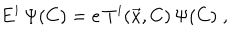
E ^ { i } \, \Psi ( C ) = e \, T ^ { i } ( \vec { x } , C ) \, \Psi ( C ) \; ,